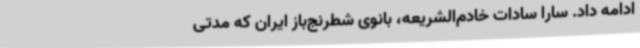
ادامه داد. سارا سادات خادم‌الشریعه، بانوی شطرنج‌باز ایران که مدتی